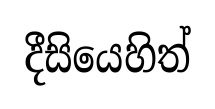
දීසියෙහිත්